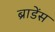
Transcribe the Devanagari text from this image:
ब्राडेंस